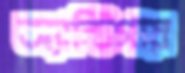
অ্যান্টিগায়